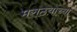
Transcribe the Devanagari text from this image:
मराठय़ांच्या